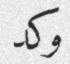
وكد